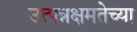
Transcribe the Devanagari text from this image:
उत्पन्नक्षमतेच्या